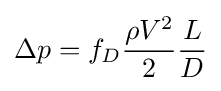
\Delta p=f_{D}{\frac {\rho V^{2}}{2}}{\frac {L}{D}}